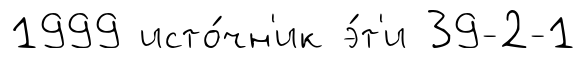
1999 исто́чн'ик э́т'и 39-2-1